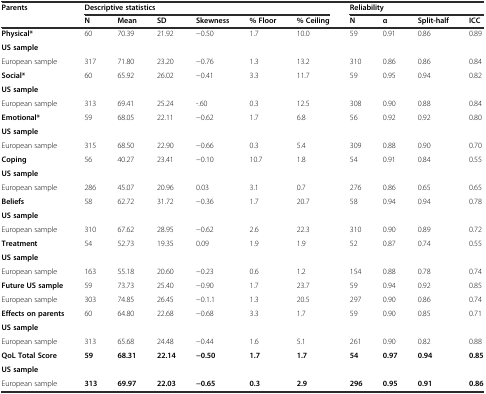
<table><thead><tr><td rowspan="2"><b>Parents</b></td><td colspan="6"><b>Descriptive statistics</b></td><td colspan="4"><b>Reliability</b></td></tr><tr><td><b>N</b></td><td><b>Mean</b></td><td><b>SD</b></td><td><b>Skewness</b></td><td><b>% Floor</b></td><td><b>% Ceiling</b></td><td><b>N</b></td><td><b>α</b></td><td><b>Split-half</b></td><td><b>ICC</b></td></tr></thead><tbody><tr><td><b>Physical*</b></td><td rowspan="2">60</td><td rowspan="2">70.39</td><td rowspan="2">21.92</td><td rowspan="2">−0.50</td><td rowspan="2">1.7</td><td rowspan="2">10.0</td><td rowspan="2">59</td><td rowspan="2">0.91</td><td rowspan="2">0.86</td><td rowspan="2">0.89</td></tr><tr><td><b>US sample</b></td></tr><tr><td>European sample</td><td>317</td><td>71.80</td><td>23.20</td><td>−0.76</td><td>1.3</td><td>13.2</td><td>310</td><td>0.86</td><td>0.86</td><td>0.84</td></tr><tr><td><b>Social*</b></td><td rowspan="2">60</td><td rowspan="2">65.92</td><td rowspan="2">26.02</td><td rowspan="2">−0.41</td><td rowspan="2">3.3</td><td rowspan="2">11.7</td><td rowspan="2">59</td><td rowspan="2">0.95</td><td rowspan="2">0.94</td><td rowspan="2">0.82</td></tr><tr><td><b>US sample</b></td></tr><tr><td>European sample</td><td>313</td><td>69.41</td><td>25.24</td><td>-.60</td><td>0.3</td><td>12.5</td><td>308</td><td>0.90</td><td>0.88</td><td>0.84</td></tr><tr><td><b>Emotional*</b></td><td rowspan="2">59</td><td rowspan="2">68.05</td><td rowspan="2">22.11</td><td rowspan="2">−0.62</td><td rowspan="2">1.7</td><td rowspan="2">6.8</td><td rowspan="2">56</td><td rowspan="2">0.92</td><td rowspan="2">0.92</td><td rowspan="2">0.80</td></tr><tr><td><b>US sample</b></td></tr><tr><td>European sample</td><td>315</td><td>68.50</td><td>22.90</td><td>−0.66</td><td>0.3</td><td>5.4</td><td>309</td><td>0.88</td><td>0.90</td><td>0.70</td></tr><tr><td><b>Coping</b></td><td rowspan="2">56</td><td rowspan="2">40.27</td><td rowspan="2">23.41</td><td rowspan="2">−0.10</td><td rowspan="2">10.7</td><td rowspan="2">1.8</td><td rowspan="2">54</td><td rowspan="2">0.91</td><td rowspan="2">0.84</td><td rowspan="2">0.55</td></tr><tr><td><b>US sample</b></td></tr><tr><td>European sample</td><td>286</td><td>45.07</td><td>20.96</td><td>0.03</td><td>3.1</td><td>0.7</td><td>276</td><td>0.86</td><td>0.65</td><td>0.65</td></tr><tr><td><b>Beliefs</b></td><td rowspan="2">58</td><td rowspan="2">62.72</td><td rowspan="2">31.72</td><td rowspan="2">−0.36</td><td rowspan="2">1.7</td><td rowspan="2">20.7</td><td rowspan="2">58</td><td rowspan="2">0.94</td><td rowspan="2">0.94</td><td rowspan="2">0.78</td></tr><tr><td><b>US sample</b></td></tr><tr><td>European sample</td><td>310</td><td>67.62</td><td>28.95</td><td>−0.62</td><td>2.6</td><td>22.3</td><td>310</td><td>0.90</td><td>0.89</td><td>0.72</td></tr><tr><td><b>Treatment</b></td><td rowspan="2">54</td><td rowspan="2">52.73</td><td rowspan="2">19.35</td><td rowspan="2">0.09</td><td rowspan="2">1.9</td><td rowspan="2">1.9</td><td rowspan="2">52</td><td rowspan="2">0.87</td><td rowspan="2">0.74</td><td rowspan="2">0.55</td></tr><tr><td><b>US sample</b></td></tr><tr><td>European sample</td><td>163</td><td>55.18</td><td>20.60</td><td>−0.23</td><td>0.6</td><td>1.2</td><td>154</td><td>0.88</td><td>0.78</td><td>0.74</td></tr><tr><td><b>Future </b><b>US sample</b></td><td>59</td><td>73.73</td><td>25.40</td><td>−0.90</td><td>1.7</td><td>23.7</td><td>59</td><td>0.94</td><td>0.92</td><td>0.85</td></tr><tr><td>European sample</td><td>303</td><td>74.85</td><td>26.45</td><td>−0.1.1</td><td>1.3</td><td>20.5</td><td>297</td><td>0.90</td><td>0.86</td><td>0.74</td></tr><tr><td><b>Effects on parents</b></td><td rowspan="2">60</td><td rowspan="2">64.80</td><td rowspan="2">22.68</td><td rowspan="2">−0.68</td><td rowspan="2">3.3</td><td rowspan="2">1.7</td><td rowspan="2">59</td><td rowspan="2">0.90</td><td rowspan="2">0.85</td><td rowspan="2">0.71</td></tr><tr><td><b>US sample</b></td></tr><tr><td>European sample</td><td>313</td><td>65.68</td><td>24.48</td><td>−0.44</td><td>1.6</td><td>5.1</td><td>261</td><td>0.90</td><td>0.82</td><td>0.88</td></tr><tr><td><b>QoL Total Score</b></td><td rowspan="2"><b>59</b></td><td rowspan="2"><b>68.31</b></td><td rowspan="2"><b>22.14</b></td><td rowspan="2"><b>−0.50</b></td><td rowspan="2"><b>1.7</b></td><td rowspan="2"><b>1.7</b></td><td rowspan="2"><b>54</b></td><td rowspan="2"><b>0.97</b></td><td rowspan="2"><b>0.94</b></td><td rowspan="2"><b>0.85</b></td></tr><tr><td><b>US sample</b></td></tr><tr><td>European sample</td><td><b>313</b></td><td><b>69.97</b></td><td><b>22.03</b></td><td><b>−0.65</b></td><td><b>0.3</b></td><td><b>2.9</b></td><td><b>296</b></td><td><b>0.95</b></td><td><b>0.91</b></td><td><b>0.86</b></td></tr></tbody></table>